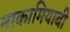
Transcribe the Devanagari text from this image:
नाकामियाबी